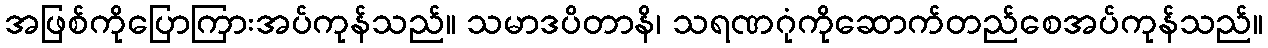
အဖြစ်ကိုပြောကြားအပ်ကုန်သည်။ သမာဒပိတာနိ၊ သရဏဂုံကိုဆောက်တည်စေအပ်ကုန်သည်။